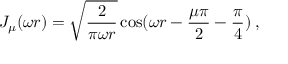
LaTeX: J _ { \mu } ( \omega r ) = \sqrt { \frac { 2 } { \pi \omega r } } \cos ( \omega r - { \frac { \mu \pi } { 2 } } - { \frac { \pi } { 4 } } ) \: , \nonumber